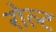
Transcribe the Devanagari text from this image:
रोल्ट